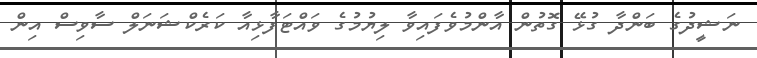
ނަޝީދުގެ ބަންދާ ގުޅޭ ގޮތުން އާންމުވެފައިވާ ލިޔުމުގެ ވައްޓަފާޅިއާ ކަރެކްޝަނަލް ސާވިސް އިން